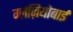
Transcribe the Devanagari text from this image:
ग्लेज़ियोबाई